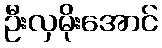
ဦးလှမိုးအောင်